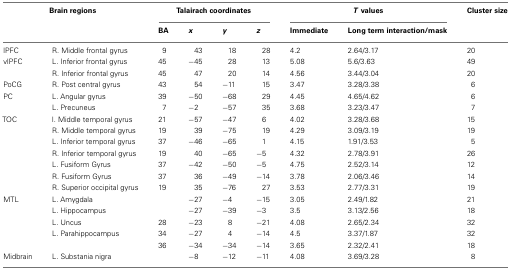
<table><thead><tr><td colspan="2"><b>Brain regions</b></td><td colspan="4"><b>Talairach coordinates</b></td><td colspan="2"><b><i>T</i> values</b></td><td><b>Cluster size</b></td></tr><tr><td colspan="2"></td><td><b>BA</b></td><td><b><i>x</i></b></td><td><b><i>y</i></b></td><td><b><i>z</i></b></td><td><b>Immediate</b></td><td><b>Long term interaction/mask</b></td><td></td></tr></thead><tbody><tr><td>lPFC</td><td>R. Middle frontal gyrus</td><td>9</td><td>43</td><td>18</td><td>28</td><td>4.2</td><td>2.64/3.17</td><td>20</td></tr><tr><td>vlPFC</td><td>L. Inferior frontal gyrus</td><td>45</td><td>−45</td><td>28</td><td>13</td><td>5.08</td><td>5.6/3.63</td><td>49</td></tr><tr><td></td><td>R. Inferior frontal gyrus</td><td>45</td><td>47</td><td>20</td><td>14</td><td>4.56</td><td>3.44/3.04</td><td>20</td></tr><tr><td>PoCG</td><td>R. Post central gyrus</td><td>43</td><td>54</td><td>−11</td><td>15</td><td>3.47</td><td>3.28/3.38</td><td>6</td></tr><tr><td>PC</td><td>L. Angular gyrus</td><td>39</td><td>−50</td><td>−68</td><td>29</td><td>4.45</td><td>4.65/4.62</td><td>6</td></tr><tr><td></td><td>L. Precuneus</td><td>7</td><td>−2</td><td>−57</td><td>35</td><td>3.68</td><td>3.23/3.47</td><td>7</td></tr><tr><td>TOC</td><td>l. Middle temporal gyrus</td><td>21</td><td>−57</td><td>−47</td><td>6</td><td>4.02</td><td>3.28/3.68</td><td>15</td></tr><tr><td></td><td>R. Middle temporal gyrus</td><td>19</td><td>39</td><td>−75</td><td>19</td><td>4.29</td><td>3.09/3.19</td><td>19</td></tr><tr><td></td><td>L. Inferior temporal gyrus</td><td>37</td><td>−46</td><td>−65</td><td>1</td><td>4.15</td><td>1.91/3.53</td><td>5</td></tr><tr><td></td><td>R. Inferior temporal gyrus</td><td>19</td><td>40</td><td>−65</td><td>−5</td><td>4.32</td><td>2.78/3.91</td><td>26</td></tr><tr><td></td><td>L. Fusiform Gyrus</td><td>37</td><td>−42</td><td>−50</td><td>−5</td><td>4.75</td><td>2.52/3.14</td><td>12</td></tr><tr><td></td><td>R. Fusiform Gyrus</td><td>37</td><td>36</td><td>−49</td><td>−14</td><td>3.78</td><td>2.06/3.46</td><td>14</td></tr><tr><td></td><td>R. Superior occipital gyrus</td><td>19</td><td>35</td><td>−76</td><td>27</td><td>3.53</td><td>2.77/3.31</td><td>19</td></tr><tr><td>MTL</td><td>L. Amygdala</td><td></td><td>−27</td><td>−4</td><td>−15</td><td>3.05</td><td>2.49/1.82</td><td>21</td></tr><tr><td></td><td>L. Hippocampus</td><td></td><td>−27</td><td>−39</td><td>−3</td><td>3.5</td><td>3.13/2.56</td><td>18</td></tr><tr><td></td><td>L. Uncus</td><td>28</td><td>−23</td><td>8</td><td>−21</td><td>4.08</td><td>2.65/2.34</td><td>32</td></tr><tr><td></td><td>L. Parahippocampus</td><td>34</td><td>−27</td><td>4</td><td>−14</td><td>4.5</td><td>3.37/1.87</td><td>32</td></tr><tr><td></td><td></td><td>36</td><td>−34</td><td>−34</td><td>−14</td><td>3.65</td><td>2.32/2.41</td><td>18</td></tr><tr><td>Midbrain</td><td>L. Substania nigra</td><td></td><td>−8</td><td>−12</td><td>−11</td><td>4.08</td><td>3.69/3.28</td><td>8</td></tr></tbody></table>